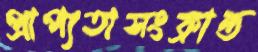
প্রাপ্যতাসংক্রান্ত